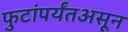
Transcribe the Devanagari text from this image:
फुटांपर्यंतअसून